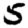
Digit: 5